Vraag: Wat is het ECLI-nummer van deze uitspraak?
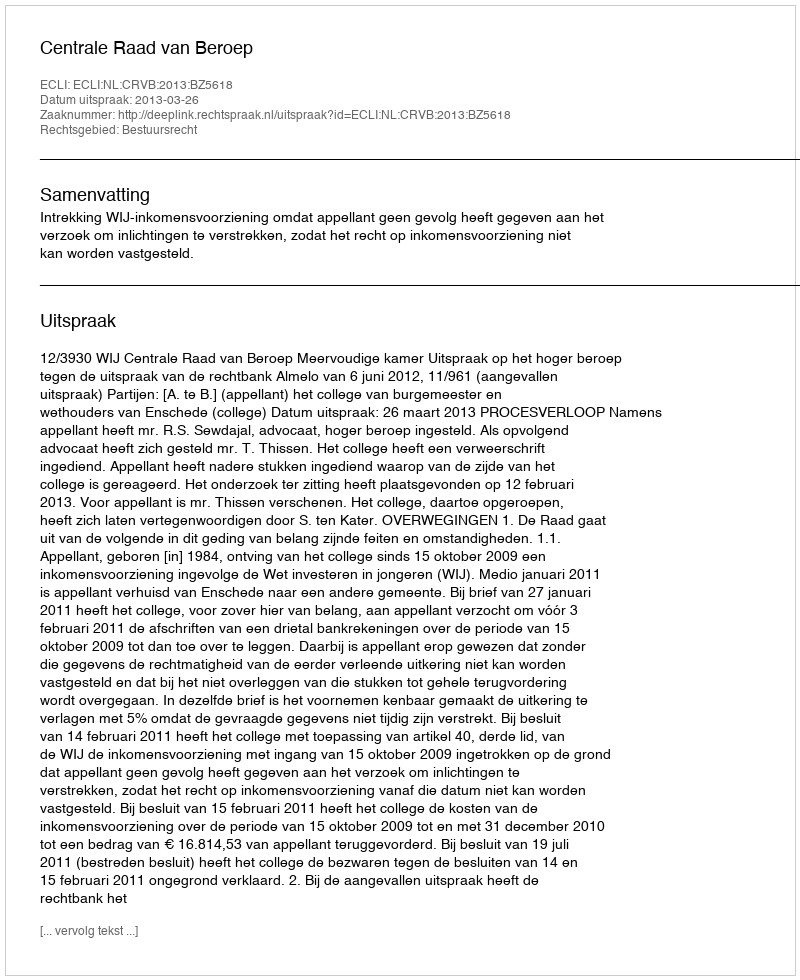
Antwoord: ECLI:NL:CRVB:2013:BZ5618